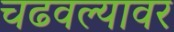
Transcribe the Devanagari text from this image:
चढवल्यावर